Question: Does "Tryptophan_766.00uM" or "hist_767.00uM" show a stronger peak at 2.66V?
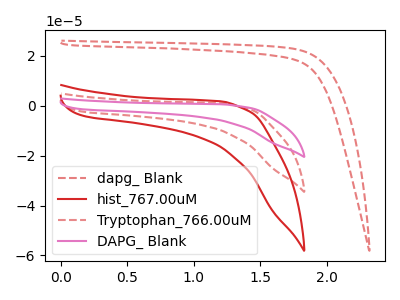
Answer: <think>The red dashed curve "dapg_ Blank" has no peaks. The red curve "hist_767.00uM" has no peaks. The red dashed curve "Tryptophan_766.00uM" has no peaks. The pink curve "DAPG_ Blank" has no peaks.</think>
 <answer>"Tryptophan_766.00uM" and "hist_767.00uM" dont share a peak at 2.66V.</answer>
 <eval>mismatch</eval>